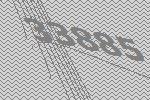
33885